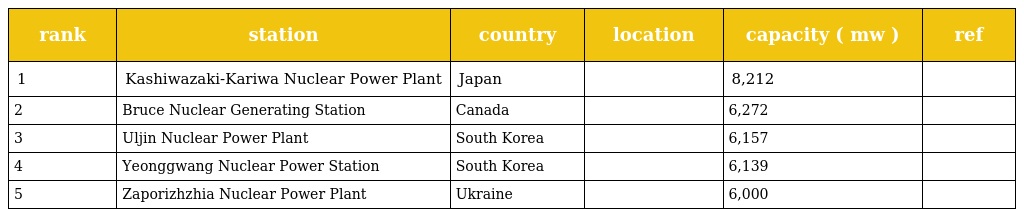
| rank | station | country | location | capacity ( mw ) | ref |
 | --- | --- | --- | --- | --- | --- |
 | 1 | Kashiwazaki-Kariwa Nuclear Power Plant | Japan |  | 8,212 |  |
 | 2 | Bruce Nuclear Generating Station | Canada |  | 6,272 |  |
 | 3 | Uljin Nuclear Power Plant | South Korea |  | 6,157 |  |
 | 4 | Yeonggwang Nuclear Power Station | South Korea |  | 6,139 |  |
 | 5 | Zaporizhzhia Nuclear Power Plant | Ukraine |  | 6,000 |  |